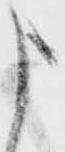
申